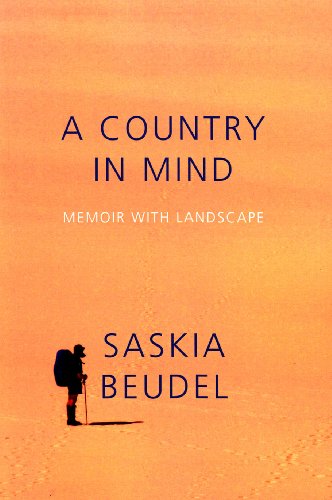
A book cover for A Country in Mind: Memoir with Landscape; Saskia Beudel; Biographies & Memoirs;